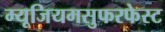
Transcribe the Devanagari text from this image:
म्यूजियमसुफरफेस्ट